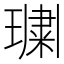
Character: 𭹲